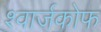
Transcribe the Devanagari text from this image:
श्वार्जकोफ